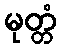
မုတ္တံ